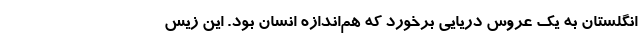
انگلستان به یک عروس دریایی برخورد که هم‌اندازه انسان بود. این زیس